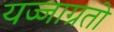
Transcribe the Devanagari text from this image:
यज्जाग्रतो